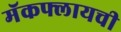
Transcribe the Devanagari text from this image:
मॅकफ्लायची